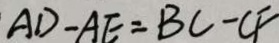
A D - A E = B C - C F